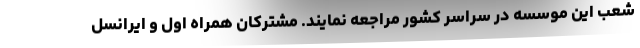
شعب این موسسه در سراسر کشور مراجعه نمایند. مشترکان همراه اول و ایرانسل